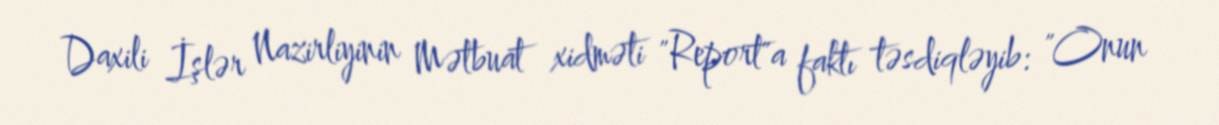
Daxili İşlər Nazirliyinin Mətbuat xidməti "Report"a faktı təsdiqləyib: "Onun